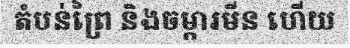
តំបន់ព្រៃ និងចម្ការមីន ហើយ